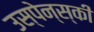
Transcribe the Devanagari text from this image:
उस्पेन्स्की